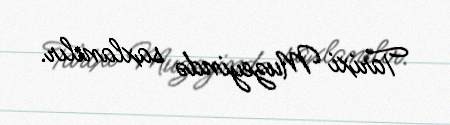
Tarixi Muzeyində saxlanılır.